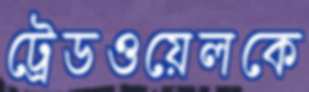
ট্রেডওয়েলকে